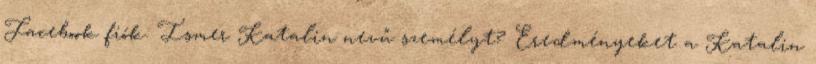
Facebook fiók: Ismer Katalin nevű személyt? Eredményeket a Katalin